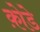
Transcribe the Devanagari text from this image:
क़ोडे